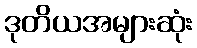
ဒုတိယအများဆုံး